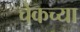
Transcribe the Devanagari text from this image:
चेकच्या